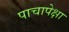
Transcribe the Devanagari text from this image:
पाचापेक्षा